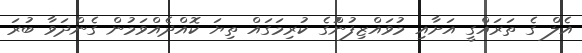
އެލް ގެ ތަރައްގީ އަށާއި މުވައްޒިފުންުގެ ކުރިމަގައް ތިޔަ ކޮއްދެއްވަމުން ގެންދަވާ ބުރަ